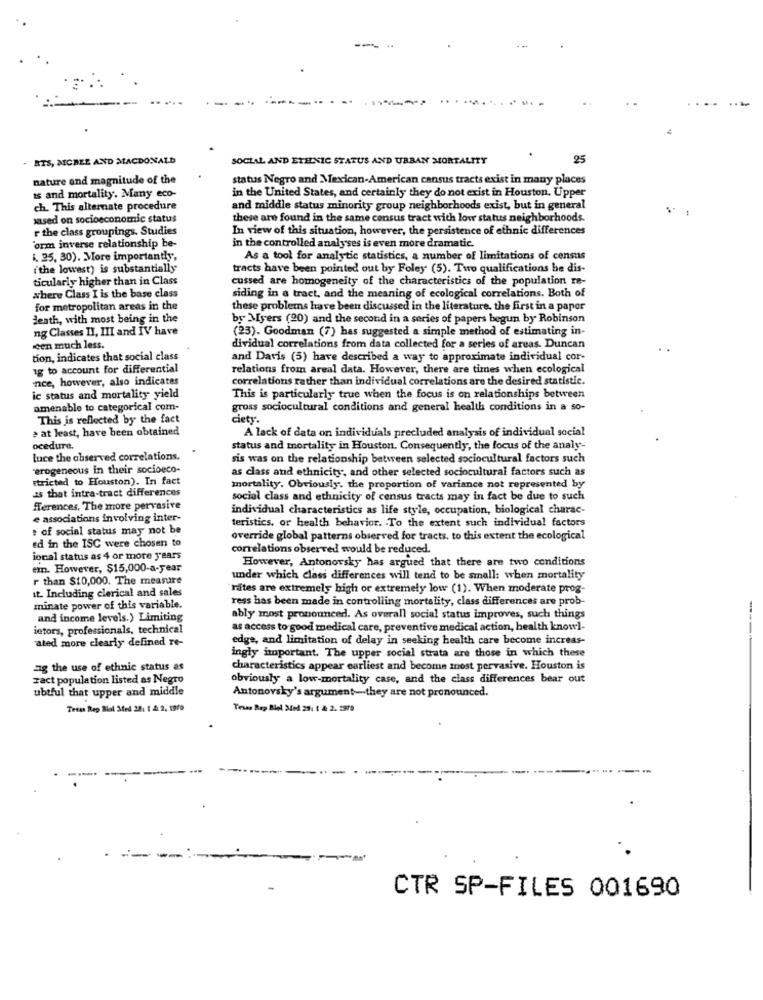
. BTS, MCBEE AND MACDONALD
SOCIAL AND ETHNIC STATUS AND URBAN MORTALITY
25
nature and magnitude of the
status Negro and Mexican-American cansus tracts exist in many places
in the United States, and certainly they do not exist in Houston. Upper
is and mortality. Many eco-
ch. This alternate procedure
and middle status minority group neighborhoods exist, but in general
sased on socioeconomic status
these are found in the same consus tract with low status neighborhoods.
r the class groupings. Studies
In view of this situation, however, the persistence of ethnic differences
'orm inverse relationship be-
in the controlled analyses is even more dramatic.
i. 25, 30). More importantly,
As a tool for analytic statistics, a number of limitations of census
i'the lowest) is substantially
tracts have been pointed out by Foley (5). Two qualifications be dis-
ticularly higher than in Class
cussed are homogeneity of the characteristics of the population re-
where Class I is the base class
siding in a tract, and the meaning of ecological correlations. Both of
for metropolitan areas in the
these problems have been discussed in the literature, the first in a paper
death, with most being in the
by Myers (20) and the second in a series of papers begun by Robinson
ng Classes II, III and IV have
(23). Goodman (7) has suggested a simple method of estimating in-
een much less.
dividual correlations from data collected for a series of areas. Duncan
tion, indicates that social class
and Davis (5) have described a way to approximate individual cor-
18 to account for differential
relations from areal data. However, there are times when ecological
nce, however, also indicates
correlations rather than individual correlations are the desired statistic.
ic status and mortality yield
This is particularly true when the focus is on relationships between
amenable to categorical com-
gross sociocultural conditions and general health conditions in a so-
This is reflected by the fact
ciety.
at least, have been obtained
A lack of data on individuals precluded analysis of individual social
ocedure.
status and mortality in Houston. Consequently, the focus of the analy-
luce the observed correlations.
sis was on the relationship between selected sociocultural factors such
"erogeneous in their socioeco-
as class and ethnicity, and other selected sociocultural factors such as
stricted to Houston). In fact
is that intra-tract differences
mortality. Obviously. the proportion of variance not represented by
social class and ethnicity of census tracts may in fact be due to such
ferences. The more pervasive
individual characteristics as life style, occupation, biological charac-
e associations involving inter-
teristics, or health behavior. To the extent such individual factors
. of social status may not be
ed in the ISC were chosen to
override global patterns observed for tracts, to this extent the ecological
correlations observed would be reduced.
ional status as 4 or more years
em. However, $15,000-a-year
However, Antonovsky has argued that there are two conditions
r than $10,000. The measure
under which class differences will tend to be small: when mortality
it. Including clerical and sales
rates are extremely high or extremely low (1). When moderate prog-
ress has been made in controlling mortality, class differences are prob-
minate power of this variable.
and income levels.) Limiting
ably most pronounced. As overall social status improves, such things
ietors, professionals, technical
as access to good medical care, preventive medical action, health know]-
ated more clearly defined re-
edge, and limitation of delay in seeking health care become increas-
ingly important. The upper social strata are those in which these
ag the use of ethnic status as
characteristics appear earliest and become most pervasive. Houston is
Fact population listed as Negro
obviously a low-mortality case, and the class differences bear out
ubtful that upper and middle
Antonovsky's argument-they are not pronounced.
Teras Rep Bol Med 201 1 à 2, 1970
Tras Rep Biel Med 23: 1 A 2. 5979
---
CTR SP-FILES 001690